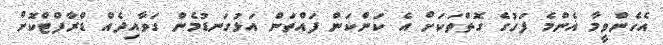
އެހެންވީމާ އެންމެ ފަހުގެ ގޮތްތަކަށް އެ ކަންކަން ފައްތަން އަޅުގަނޑުމެން ގަވާއިދެއް ޑްރާފްޓްކޮށް